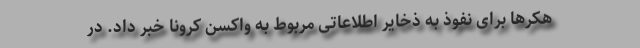
هکرها برای نفوذ به ذخایر اطلاعاتی مربوط به واکسن کرونا خبر داد. در